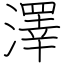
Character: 澤